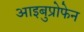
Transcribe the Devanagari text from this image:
आइबुप्रोफेन